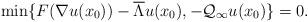
LaTeX: \begin{align*}\min\{F(\nabla u(x_{0}))-\overline \Lambda u(x_{0}), -\mathcal Q_{\infty}u(x_{0})\}=0.\end{align*}